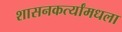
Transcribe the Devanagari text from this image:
शासनकर्त्यांमधला